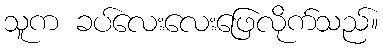
သူက ခပ်လေးလေးဖြေလိုက်သည်။